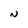
Character: N